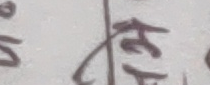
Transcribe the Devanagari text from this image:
ससत